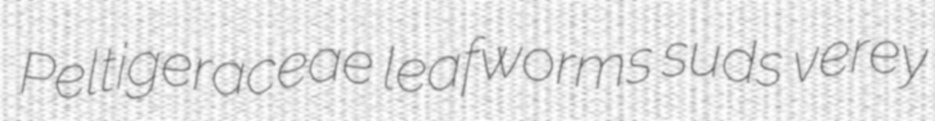
Peltigeraceae leafworms suds verey